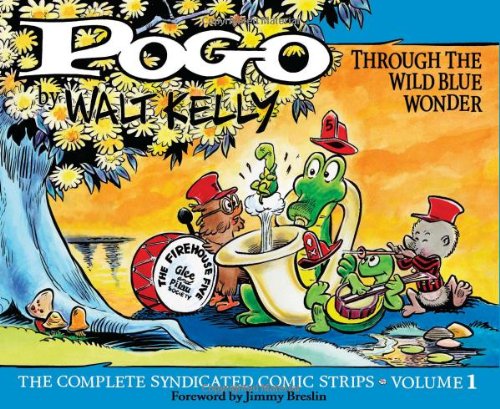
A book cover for Pogo: The Complete Daily & Sunday Comic Strips, Vol. 1: Through the Wild Blue Wonder (v. 1); Walt Kelly; Comics & Graphic Novels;